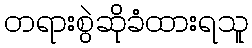
တရားစွဲဆိုခံထားရသူ